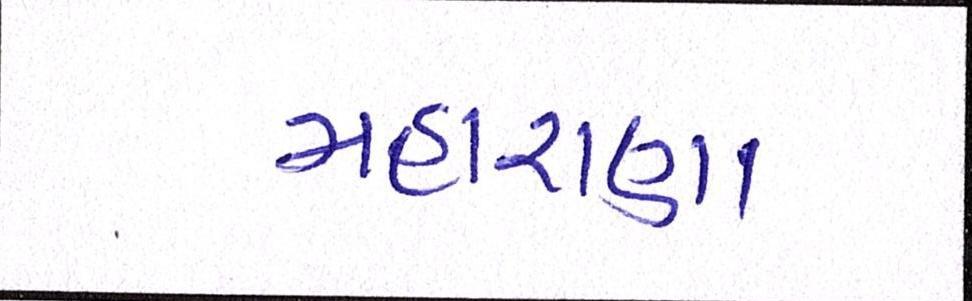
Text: મહારાણા